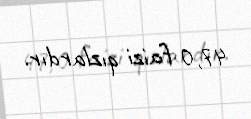
47,0 faizi qızlardır.